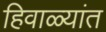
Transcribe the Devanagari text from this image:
हिवाळ्यांत